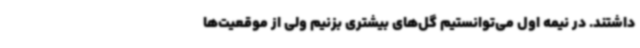
داشتند. در نیمه اول می‌توانستیم گل‌های بیشتری بزنیم ولی از موقعیت‌ها